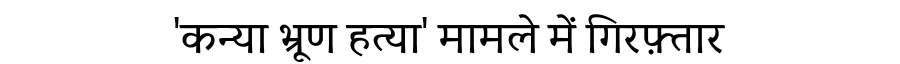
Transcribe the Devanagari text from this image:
'कन्या भ्रूण हत्या' मामले में गिरफ़्तार